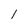
Character: l